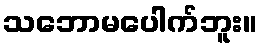
သဘောမပေါက်ဘူး။